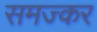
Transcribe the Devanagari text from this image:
समज्कर